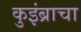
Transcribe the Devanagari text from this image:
कुइंब्राचा